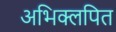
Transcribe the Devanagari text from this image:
अभिक्लपित